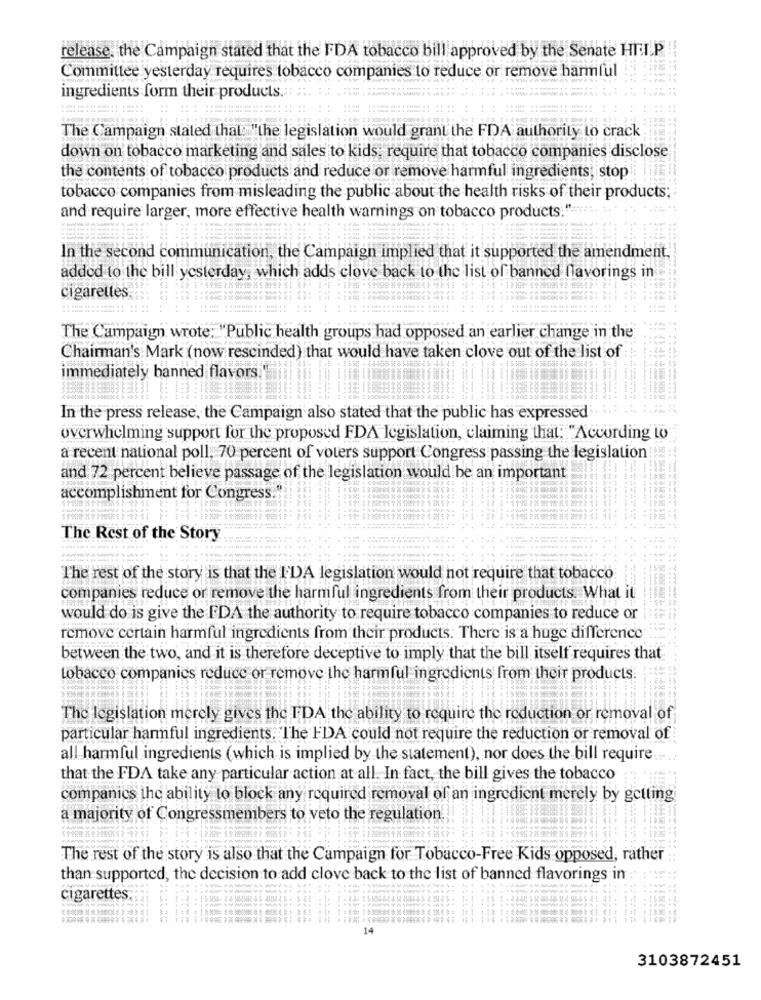
release, the Campaign stated that the FDA tobacco bill approved by the Senate HIT.P.
Committee yesterday requires tobacco companies to reduce or remove harmful
ingredients form their products.
The Campaign stated that: "the legislation would grant the FDA authority to crack
down on tobacco marketing and sales to kids; require that tobacco companies disclose
the contents of tobacco products and reduce or remove harmful ingredients, stop
tobacco companies from misleading the public about the health risks of their products;
and require larger, more effective health warnings on tobacco products." ...
In the second communication, the Campaign implied that it supported the amendment.
added to the bill yesterday, which adds clove back to the list of banned flavorings in
cigarettes,
The Campaign wrote: "Public health groups had opposed an earlier change in the
Chairman's Mark (now rescinded) that would have taken clove out of the list of
immediately banned flavors."
In the press release, the Campaign also stated that the public has expressed
overwhelming support for the proposed FDA legislation, claiming that. "According Lo
a recent national poll, 70 percent of voters support Congress passing the legislation!
and 72 percent believe passage of the legislation would be an important
accomplishment for Congress."
The Rest of the Story
The rest of the story is that the I'DA legislation would not require that tobacco
companies reduce or remove the harmful ingredients from their products. What it
would do is give the FDA the authority to require tobacco companies to reduce or
remove certain harmful ingredients from their products. There is a huge difference
between the two, and it is therefore deceptive to imply that the bill itself requires that
tobacco companies reduce or remove the harmful ingredients from their products.
The legislation merely gives the TDA the ability to require the reduction or removal of
particular harmful ingredients. The FDA could not require the reduction or removal of
all harmful ingredients (which is implied by the statement), nor does the bill require ....
that the FDA take any particular action at all. In fact, the bill gives the tobacco
companics the ability to block any required removal of an ingredient merely by getting
a majority of Congressmembers to veto the regulation
The rest of the story is also that the Campaign for Tobacco-Free Kids opposed, rather
than supported, the decision to add clove back to the list of banned flavorings in :
cigarettes.
14
3103872451